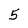
Character: 5